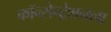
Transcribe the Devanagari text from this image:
कॉन्सेन्ट्रेशनला